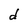
Character: d